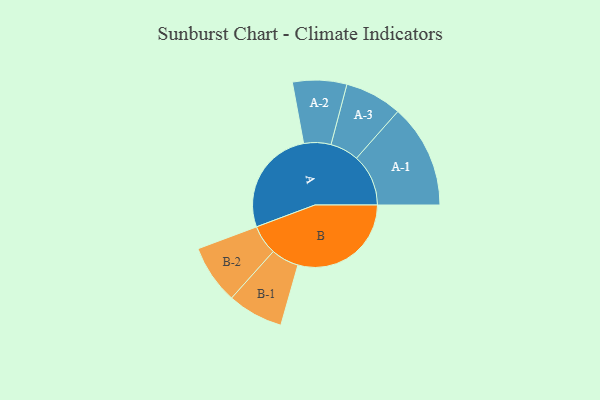
{"axis": {"x": "Segment", "y": "Value"}, "legend": ["", "A", "B"], "data": [{"x": "A", "y": 427, "type": ""}, {"x": "B", "y": 452, "type": ""}, {"x": "A-1", "y": 207, "type": "A"}, {"x": "A-2", "y": 108, "type": "A"}, {"x": "A-3", "y": 114, "type": "A"}, {"x": "B-1", "y": 111, "type": "B"}, {"x": "B-2", "y": 118, "type": "B"}]}